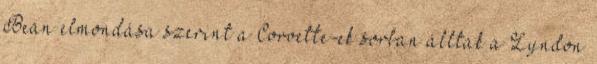
Bean elmondása szerint a Corvette-ek sorban álltak a Lyndon